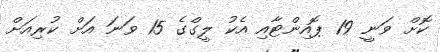
ކޮށް ވަނީ 19 ޕޮއިންޓާއި އެކު ލީގްގެ 15 ވަނަ އަށް ކުރިއަށް